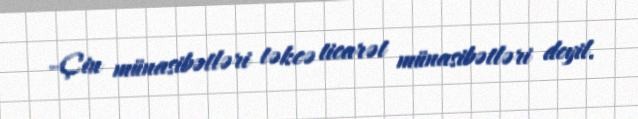
–Çin münasibətləri təkcə ticarət münasibətləri deyil.